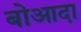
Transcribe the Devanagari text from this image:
बोआदा